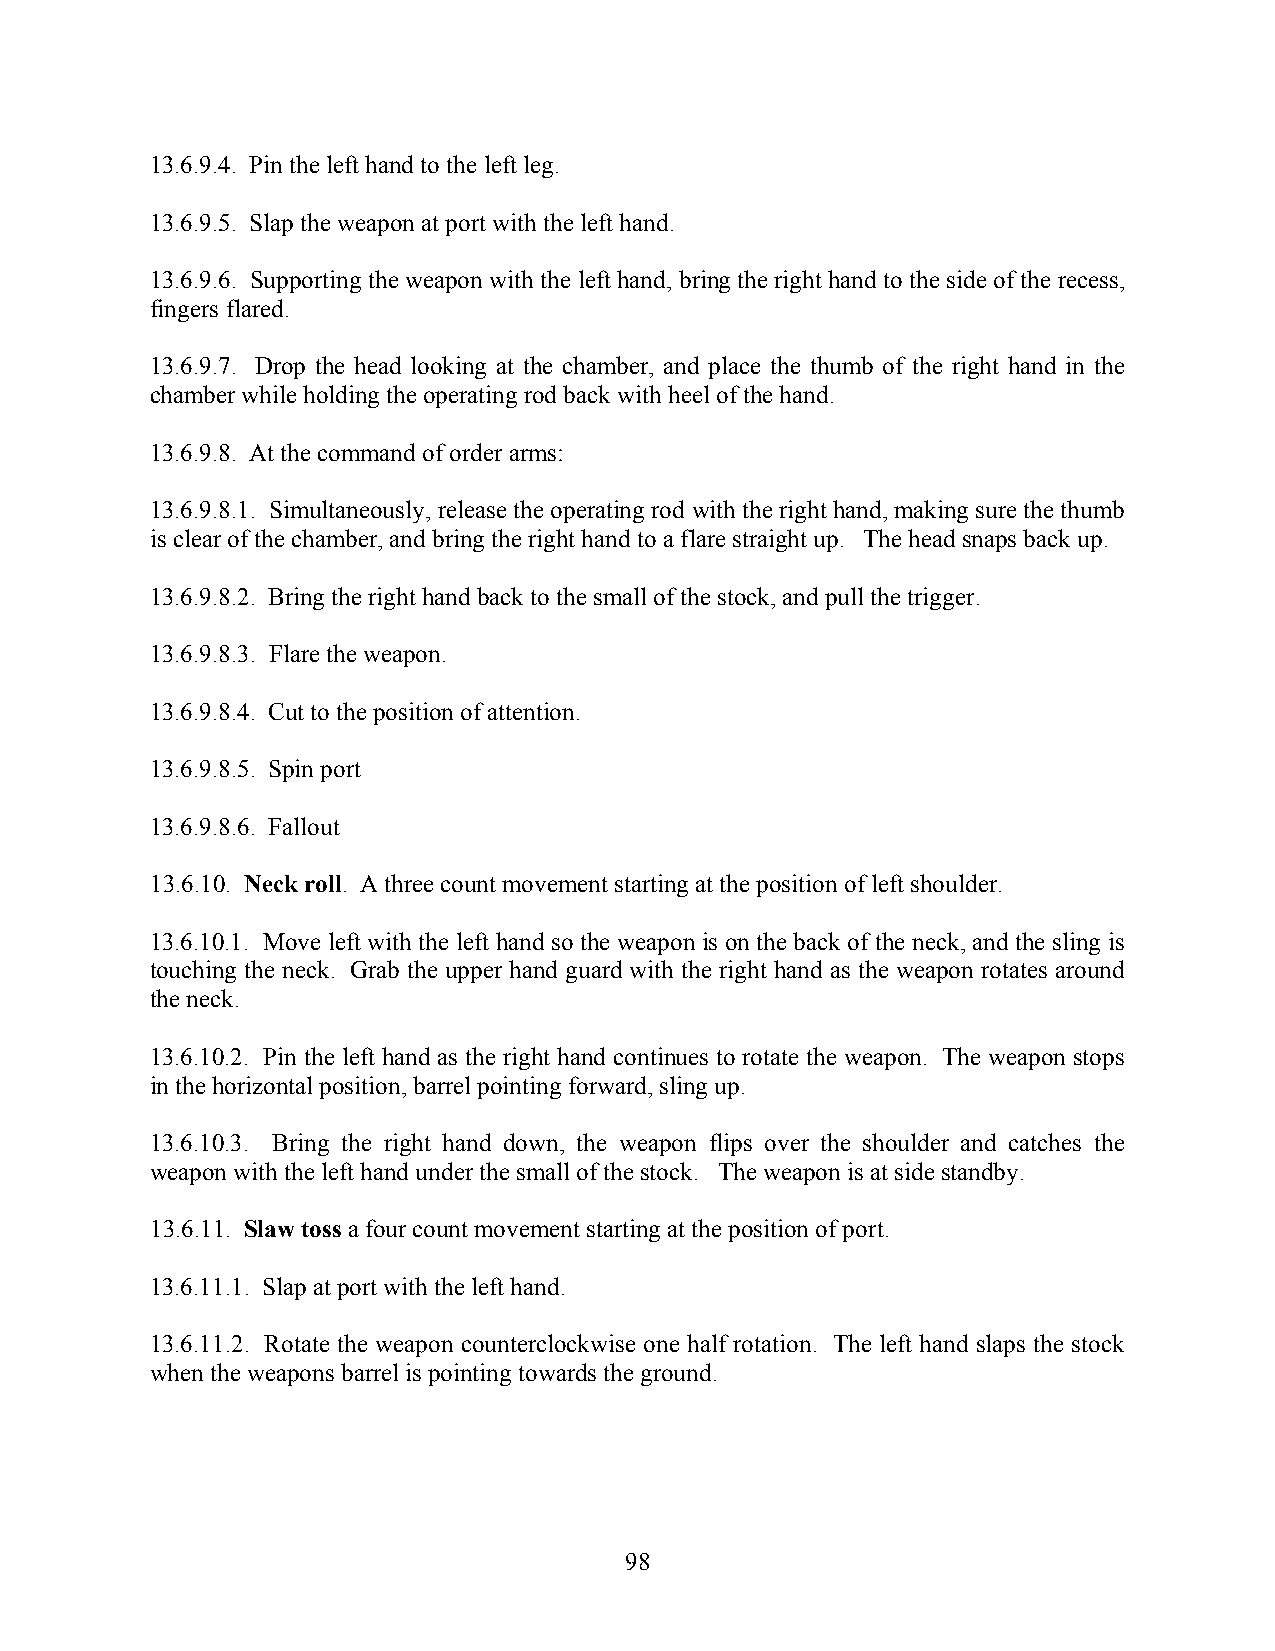
13.6.9.4. Pin the left hand to the left leg.
 13.6.9.5. Slap the weapon at port with the left hand.
 13.6.9.6. Supporting the weapon with the left hand, bring the right hand to the side of the recess,
 fingers flared.
 13.6.9.7. Drop the head looking at the chamber, and place the thumb of the right hand in the
 chamber while holding the operating rod back with heel of the hand.
 13.6.9.8. At the command of order arms:
 13.6.9.8.1. Simultaneously, release the operating rod with the right hand, making sure the thumb
 is clear of the chamber, and bring the right hand to a flare straight up. The head snaps back up.
 13.6.9.8.2. Bring the right hand back to the small of the stock, and pull the trigger.
 13.6.9.8.3. Flare the weapon.
 13.6.9.8.4. Cut to the position of attention.
 13.6.9.8.5. Spin port
 13.6.9.8.6. Fallout
 13.6.10. Neck roll. A three count movement starting at the position of left shoulder.
 13.6.10.1. Move left with the left hand so the weapon is on the back of the neck, and the sling is
 touching the neck. Grab the upper hand guard with the right hand as the weapon rotates around
 the neck.
 13.6.10.2. Pin the left hand as the right hand continues to rotate the weapon. The weapon stops
 in the horizontal position, barrel pointing forward, sling up.
 13.6.10.3. Bring the right hand down, the weapon flips over the shoulder and catches the
 weapon with the left hand under the small of the stock. The weapon is at side standby.
 13.6.11. Slaw toss a four count movement starting at the position of port.
 13.6.11.1. Slap at port with the left hand.
 13.6.11.2. Rotate the weapon counterclockwise one half rotation. The left hand slaps the stock
 when the weapons barrel is pointing towards the ground.
 98